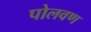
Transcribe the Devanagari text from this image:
पोलवण